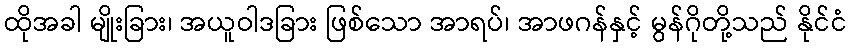
ထိုအခါ မျိုးခြား၊ အယူဝါဒခြား ဖြစ်သော အာရပ်၊ အာဖဂန်နှင့် မွန်ဂိုတို့သည် နိုင်ငံ